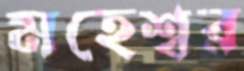
মহেশ্বর